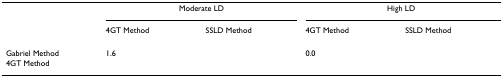
<table><thead><tr><td>[EMPTY_CELL]</td><td colspan="2"><b>Moderate LD</b></td><td colspan="2"><b>High LD</b></td></tr><tr><td>[EMPTY_CELL]</td><td><b>4GT Method</b></td><td><b>SSLD Method</b></td><td><b>4GT Method</b></td><td><b>SSLD Method</b></td></tr></thead><tbody><tr><td>Gabriel Method</td><td>1.6</td><td>[EMPTY_CELL]</td><td>0.0</td><td>[EMPTY_CELL]</td></tr><tr><td>4GT Method</td><td>[EMPTY_CELL]</td><td>[EMPTY_CELL]</td><td>[EMPTY_CELL]</td><td>[EMPTY_CELL]</td></tr></tbody></table>